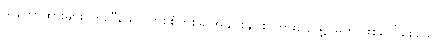
သဘောထားများ၊ တူညီသော တစ်စုံတစ်ခု အချင်းချင်း ကြားပျော်ရွှင်မှုကို ဖြစ်ပေါ်စေသော